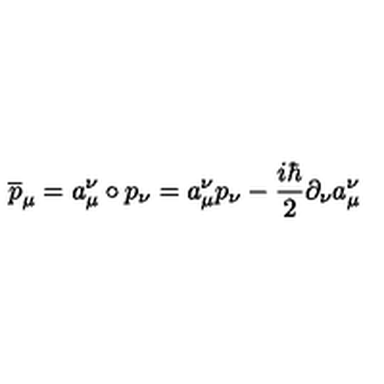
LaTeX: \overline { { p } } _ { \mu } = a _ { \mu } ^ { \nu } \circ p _ { \nu } = a _ { \mu } ^ { \nu } p _ { \nu } - \frac { i \hbar } { 2 } \partial _ { \nu } a _ { \mu } ^ { \nu }